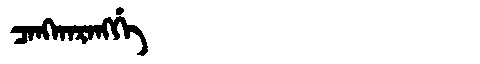
Manchu: ᠴᠠᠩᡴᠠᡵᠠᠩᡤᡝ
Romanization: CANGKARANGGE